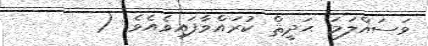
ވަސައްލަމަ ޙަދީޘް ކުރައްވާފައިވެއެވެ. (